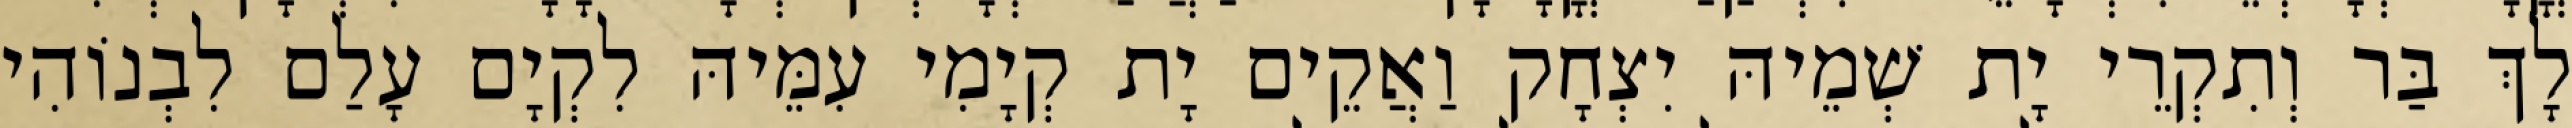
לָךְ בַּר וְתִקְרֵי יָת שְׁמֵיהּ יִצְחָק וַאֲקֵים יָת קְיָמִי עִמֵּיהּ לִקְיָם עָלַם לִבְנוֹהִי